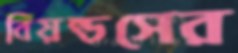
বিয়ন্ডসের